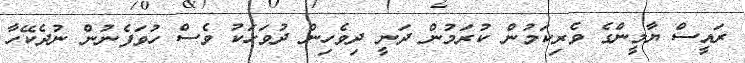
ރައީސް ޔާމީންގެ ވެރިކަމުން ކުރަމުން ދަނީ ދިވެހިން ދުވަހަކު ވެސް ހުވަފެނުން ނުދެކޭހާ